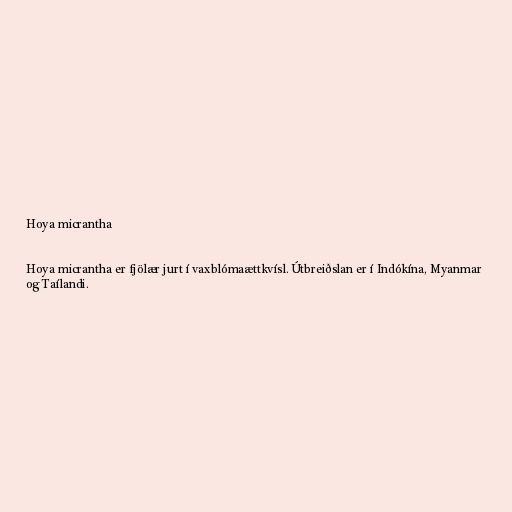
Hoya micrantha

Hoya micrantha er fjölær jurt í vaxblómaættkvísl. Útbreiðslan er í Indókína, Myanmar
og Taílandi.